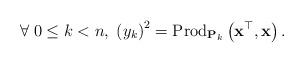
LaTeX: \begin{align*}\forall\;0\le k<n,\;\left(y_{k}\right)^{2}=\mbox{Prod}_{\mathbf{P}_{k}}\left(\mathbf{x}^{\top},\mathbf{x}\right).\end{align*}